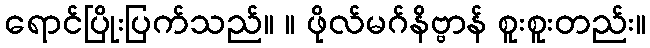
ရောင်ပြိုးပြက်သည်။ ။ ဖိုလ်မဂ်နိဗ္ဗာန် စူးစူးတည်း။